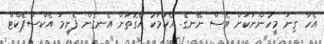
އެހާ ގިނަ މީހުންނަކަށް ވެސް ނޭނގެ. އެކަމަކު އެގޮތަށް އެނގެން ފެށީމަ އެކްސްޕެކްޓް